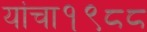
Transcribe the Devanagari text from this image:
यांचा१९८८